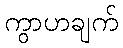
ကွာဟချက်